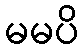
မမပိ